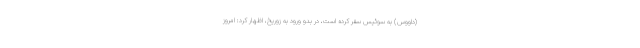
(داووس) به سوئیس سفر کرده است، در بدو ورود به زوریخ، اظهار کرد: امروز